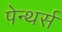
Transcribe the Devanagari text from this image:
पेन्थर्स